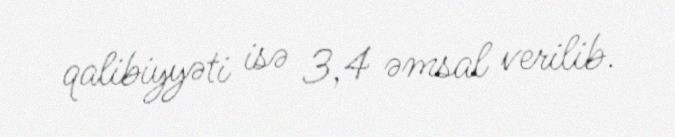
qalibiyyəti isə 3,4 əmsal verilib.